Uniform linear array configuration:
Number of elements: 12
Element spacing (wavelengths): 0.25
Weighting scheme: exponential
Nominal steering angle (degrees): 30
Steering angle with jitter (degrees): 29.491
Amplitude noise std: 0.05
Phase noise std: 0.05

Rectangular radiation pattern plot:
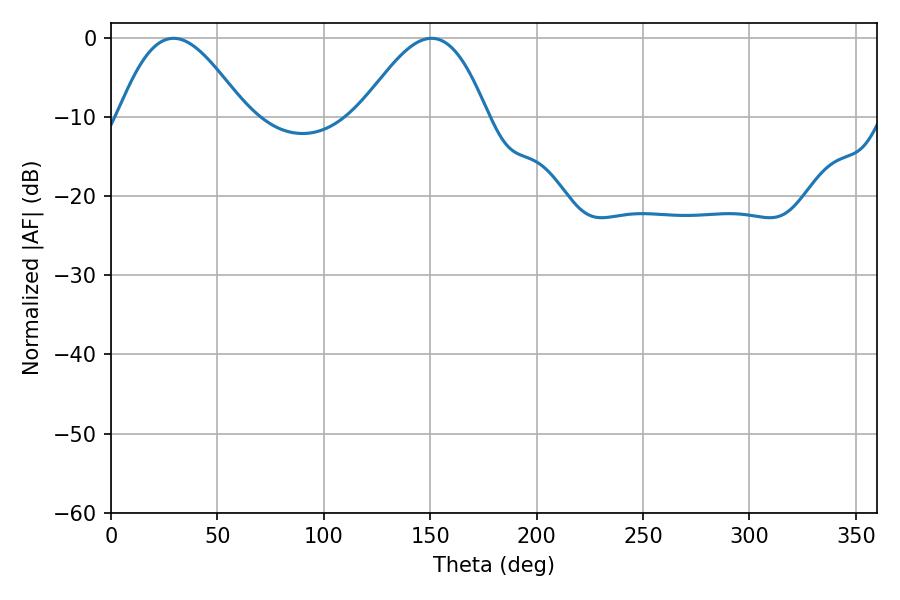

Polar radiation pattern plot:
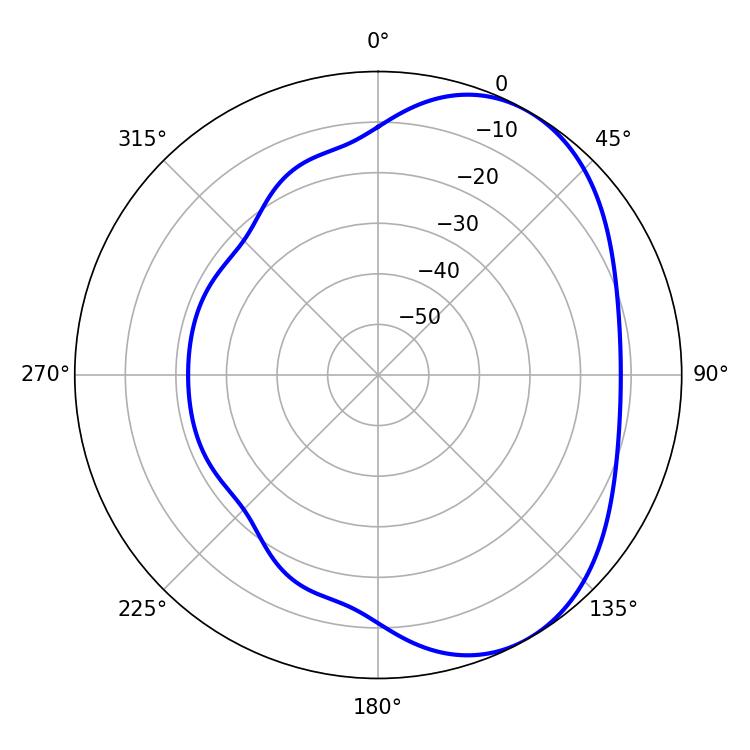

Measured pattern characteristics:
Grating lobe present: FALSE
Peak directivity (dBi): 4.751
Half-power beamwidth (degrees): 32.22
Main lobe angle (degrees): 29.34